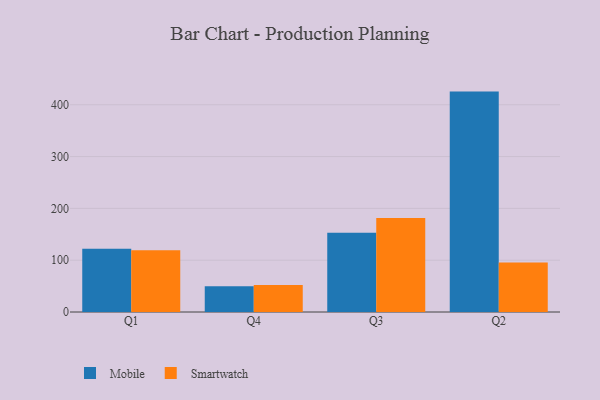
{"axis": {"x": "Quarter", "y": "Headcount"}, "legend": ["Mobile", "Smartwatch"], "data": [{"x": "Q1", "y": 121.9, "type": "Mobile"}, {"x": "Q1", "y": 119.0, "type": "Smartwatch"}, {"x": "Q4", "y": 49.7, "type": "Mobile"}, {"x": "Q4", "y": 52.0, "type": "Smartwatch"}, {"x": "Q3", "y": 152.9, "type": "Mobile"}, {"x": "Q3", "y": 181.3, "type": "Smartwatch"}, {"x": "Q2", "y": 425.4, "type": "Mobile"}, {"x": "Q2", "y": 95.5, "type": "Smartwatch"}]}